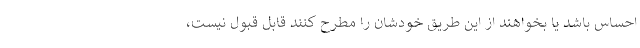
احساس باشد یا بخواهند از این طریق خودشان را مطرح کنند قابل قبول نیست،